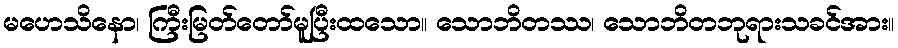
မဟေသိနော၊ ကြီးမြတ်တော်မူပြီးထသော။ သောဘိတဿ၊ သောဘိတဘုရားသခင်အား။